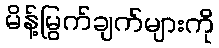
မိန့်မြွက်ချက်များကို